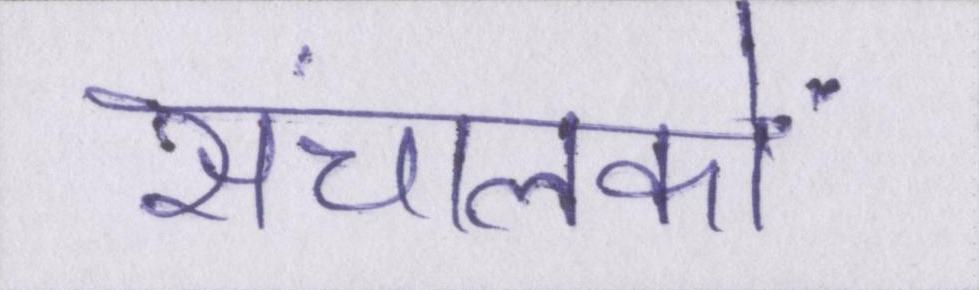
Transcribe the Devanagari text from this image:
संचालकों